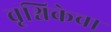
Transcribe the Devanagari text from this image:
वृश्चिकेचा